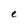
Character: e